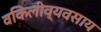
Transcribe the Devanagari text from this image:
वकिलीव्यवसाय